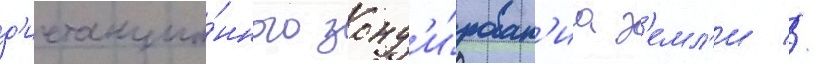
д'истанцио́нного зонд'и́рован'иа з'емл'и //